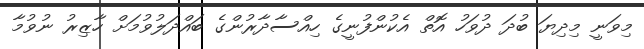
މިވަނީ މިދިޔަ ބުދަ ދުވަހު އޮތް އެކުންފުނީގެ ހިއްސާދާރުންގެ ބައްދަލުވުމަށް ހާޒިރު ނުވުމާ